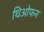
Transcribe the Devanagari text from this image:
थिओफन